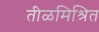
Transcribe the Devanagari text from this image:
तीळमिश्रित